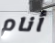
أنام